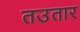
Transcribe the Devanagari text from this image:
तउतार